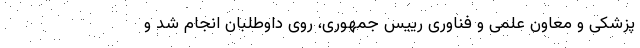
پزشکی و معاون علمی و فناوری رییس جمهوری، روی داوطلبان انجام شد و